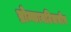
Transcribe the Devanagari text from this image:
ब्रोन्कायटिसचीच